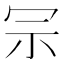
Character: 𠖀